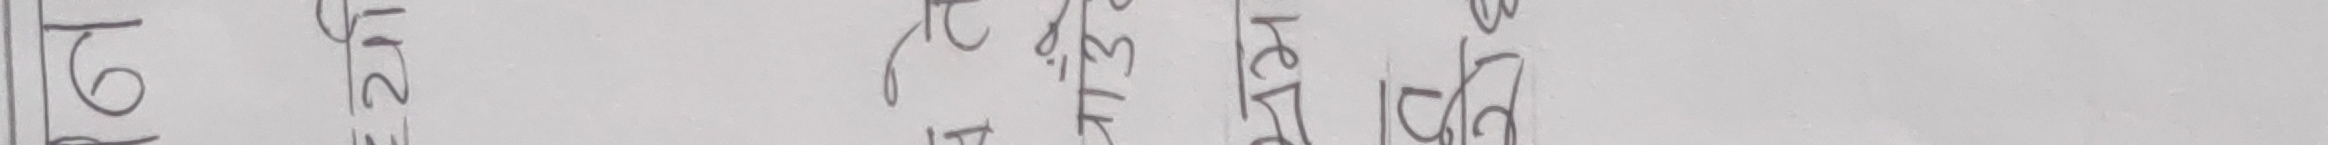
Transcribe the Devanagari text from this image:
ढ२५रिरेडि